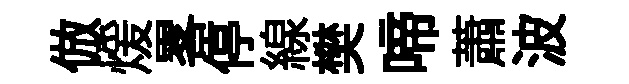
倣煖畧停線樊啼蕭波